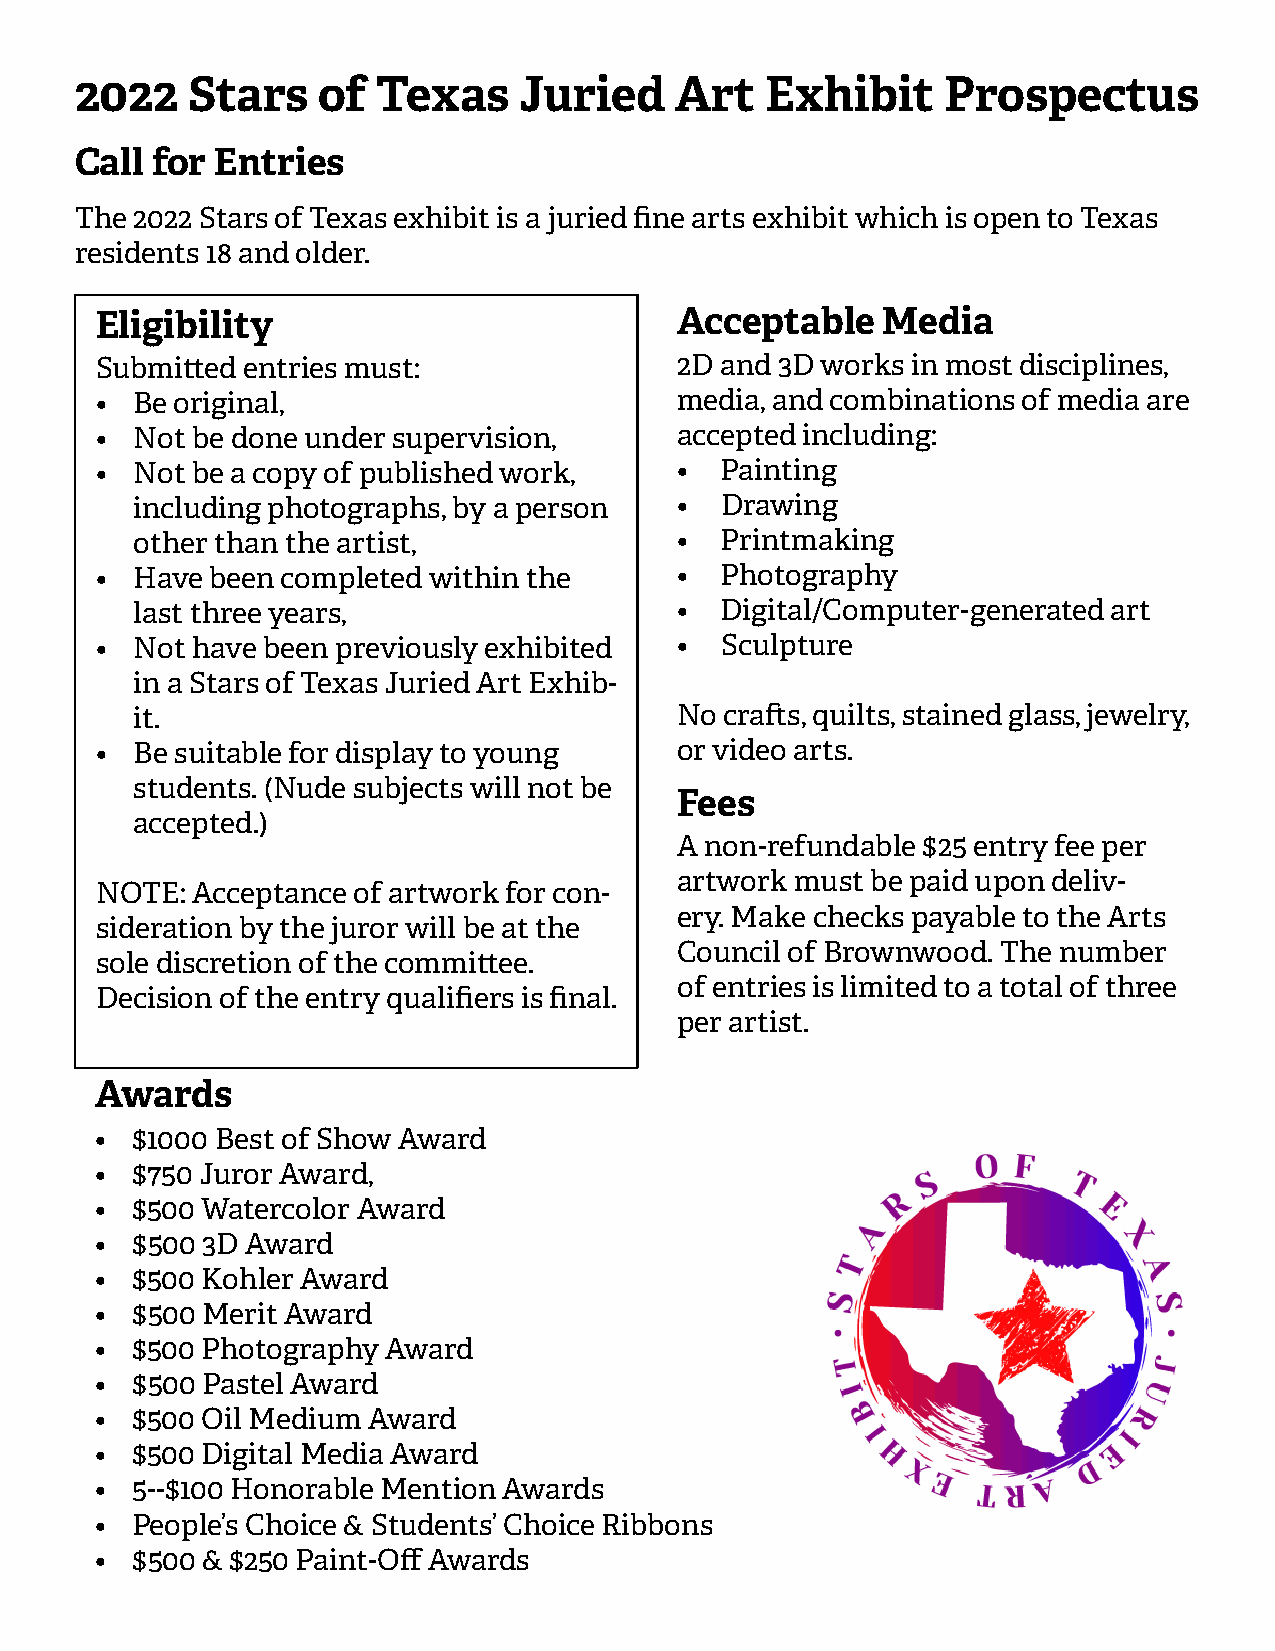
2022   Stars    of  Texas    Juried     Art   Exhibit    Prospectus
 Call for Entries
 The 2022 Stars of Texas exhibit is a juried fine arts exhibit which is open to Texas
 residents 18 and older.
 Eligibility                            Acceptable   Media
 Submitted entries must:                2D and 3D works in most disciplines,
 •  Be original,                        media, and combinations of media are
 •  Not be done under supervision,      accepted including:
 •  Not be a copy of published work,    •  Painting
 including photographs, by a person  •  Drawing
 other than the artist,              •  Printmaking
 •  Have been completed within the      •  Photography
 last three years,                   •  Digital/Computer-generated art
 •  Not have been previously exhibited  •  Sculpture
 in a Stars of Texas Juried Art Exhib-
 it.                                 No crafts, quilts, stained glass, jewelry,
 •  Be suitable for display to young    or video arts.
 students. (Nude subjects will not be
 Fees
 accepted.)
 A non-refundable $25 entry fee per
 artwork must be paid upon deliv-
 NOTE:  Acceptance of artwork for con-
 ery. Make checks payable to the Arts
 sideration by the juror will be at the
 Council of Brownwood. The number
 sole discretion of the committee.
 of entries is limited to a total of three
 Decision of the entry qualifiers is final.
 per artist.
 Awards
 •  $1000 Best of Show Award
 •  $750 Juror Award,
 •  $500 Watercolor Award
 •  $500 3D Award
 •  $500 Kohler Award
 •  $500 Merit Award
 •  $500 Photography Award
 •  $500 Pastel Award
 •  $500 Oil Medium Award
 •  $500 Digital Media Award
 •  5--$100 Honorable Mention Awards
 •  People’s Choice & Students’ Choice Ribbons
 •  $500 & $250 Paint-Off Awards